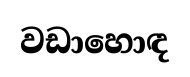
වඩාහොඳ